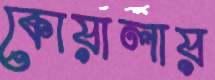
কোয়ালায়